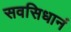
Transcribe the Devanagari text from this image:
सवसिधानं